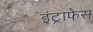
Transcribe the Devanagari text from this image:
इंट्राफेस